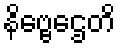
နိဗ္ဗေဌေတိ